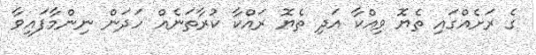
ގެ ރަށެއްގައި ތެޔޮ ވިއްކާ އަދި ތެޔޮ ރައްކާ ކުރާތަނެއް ހަދަން ނިންމާފައިވާ